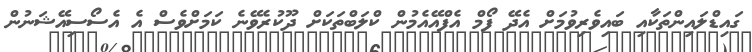
ގައިޑްލައިންތަކާއި ބައިވެރިވުމަށް އެދޭ ފޯމް އެފްއޭއެމުން ކްލަބްތަކަށް ދޫކުރެވޭނެ ކަމަށްވެސް އެ އެސޯސިއޭޝަނުން